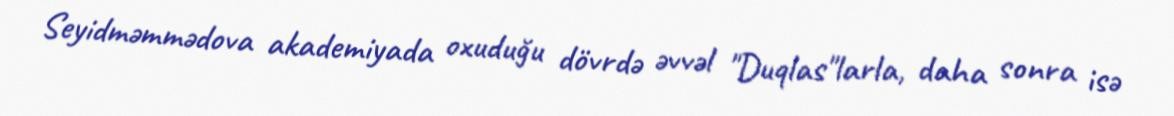
Seyidməmmədova akademiyada oxuduğu dövrdə əvvəl "Duqlas"larla, daha sonra isə